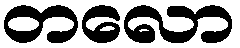
တလော